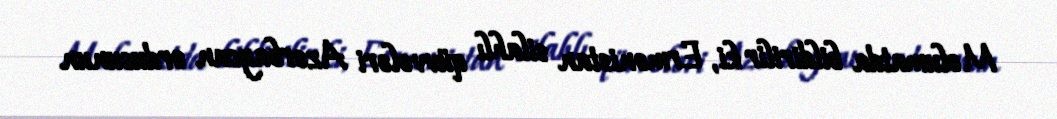
Məlumatda bildirilir ki, Ermənistan silahlı qüvvələri Azərbaycan ordusunun